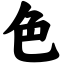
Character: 色